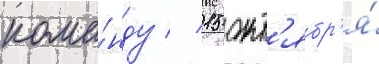
кома́нду // 15 окт'ябр'я́